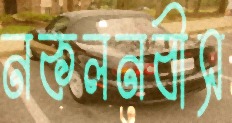
নকলনবীস